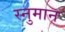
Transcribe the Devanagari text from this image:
स्नुमान